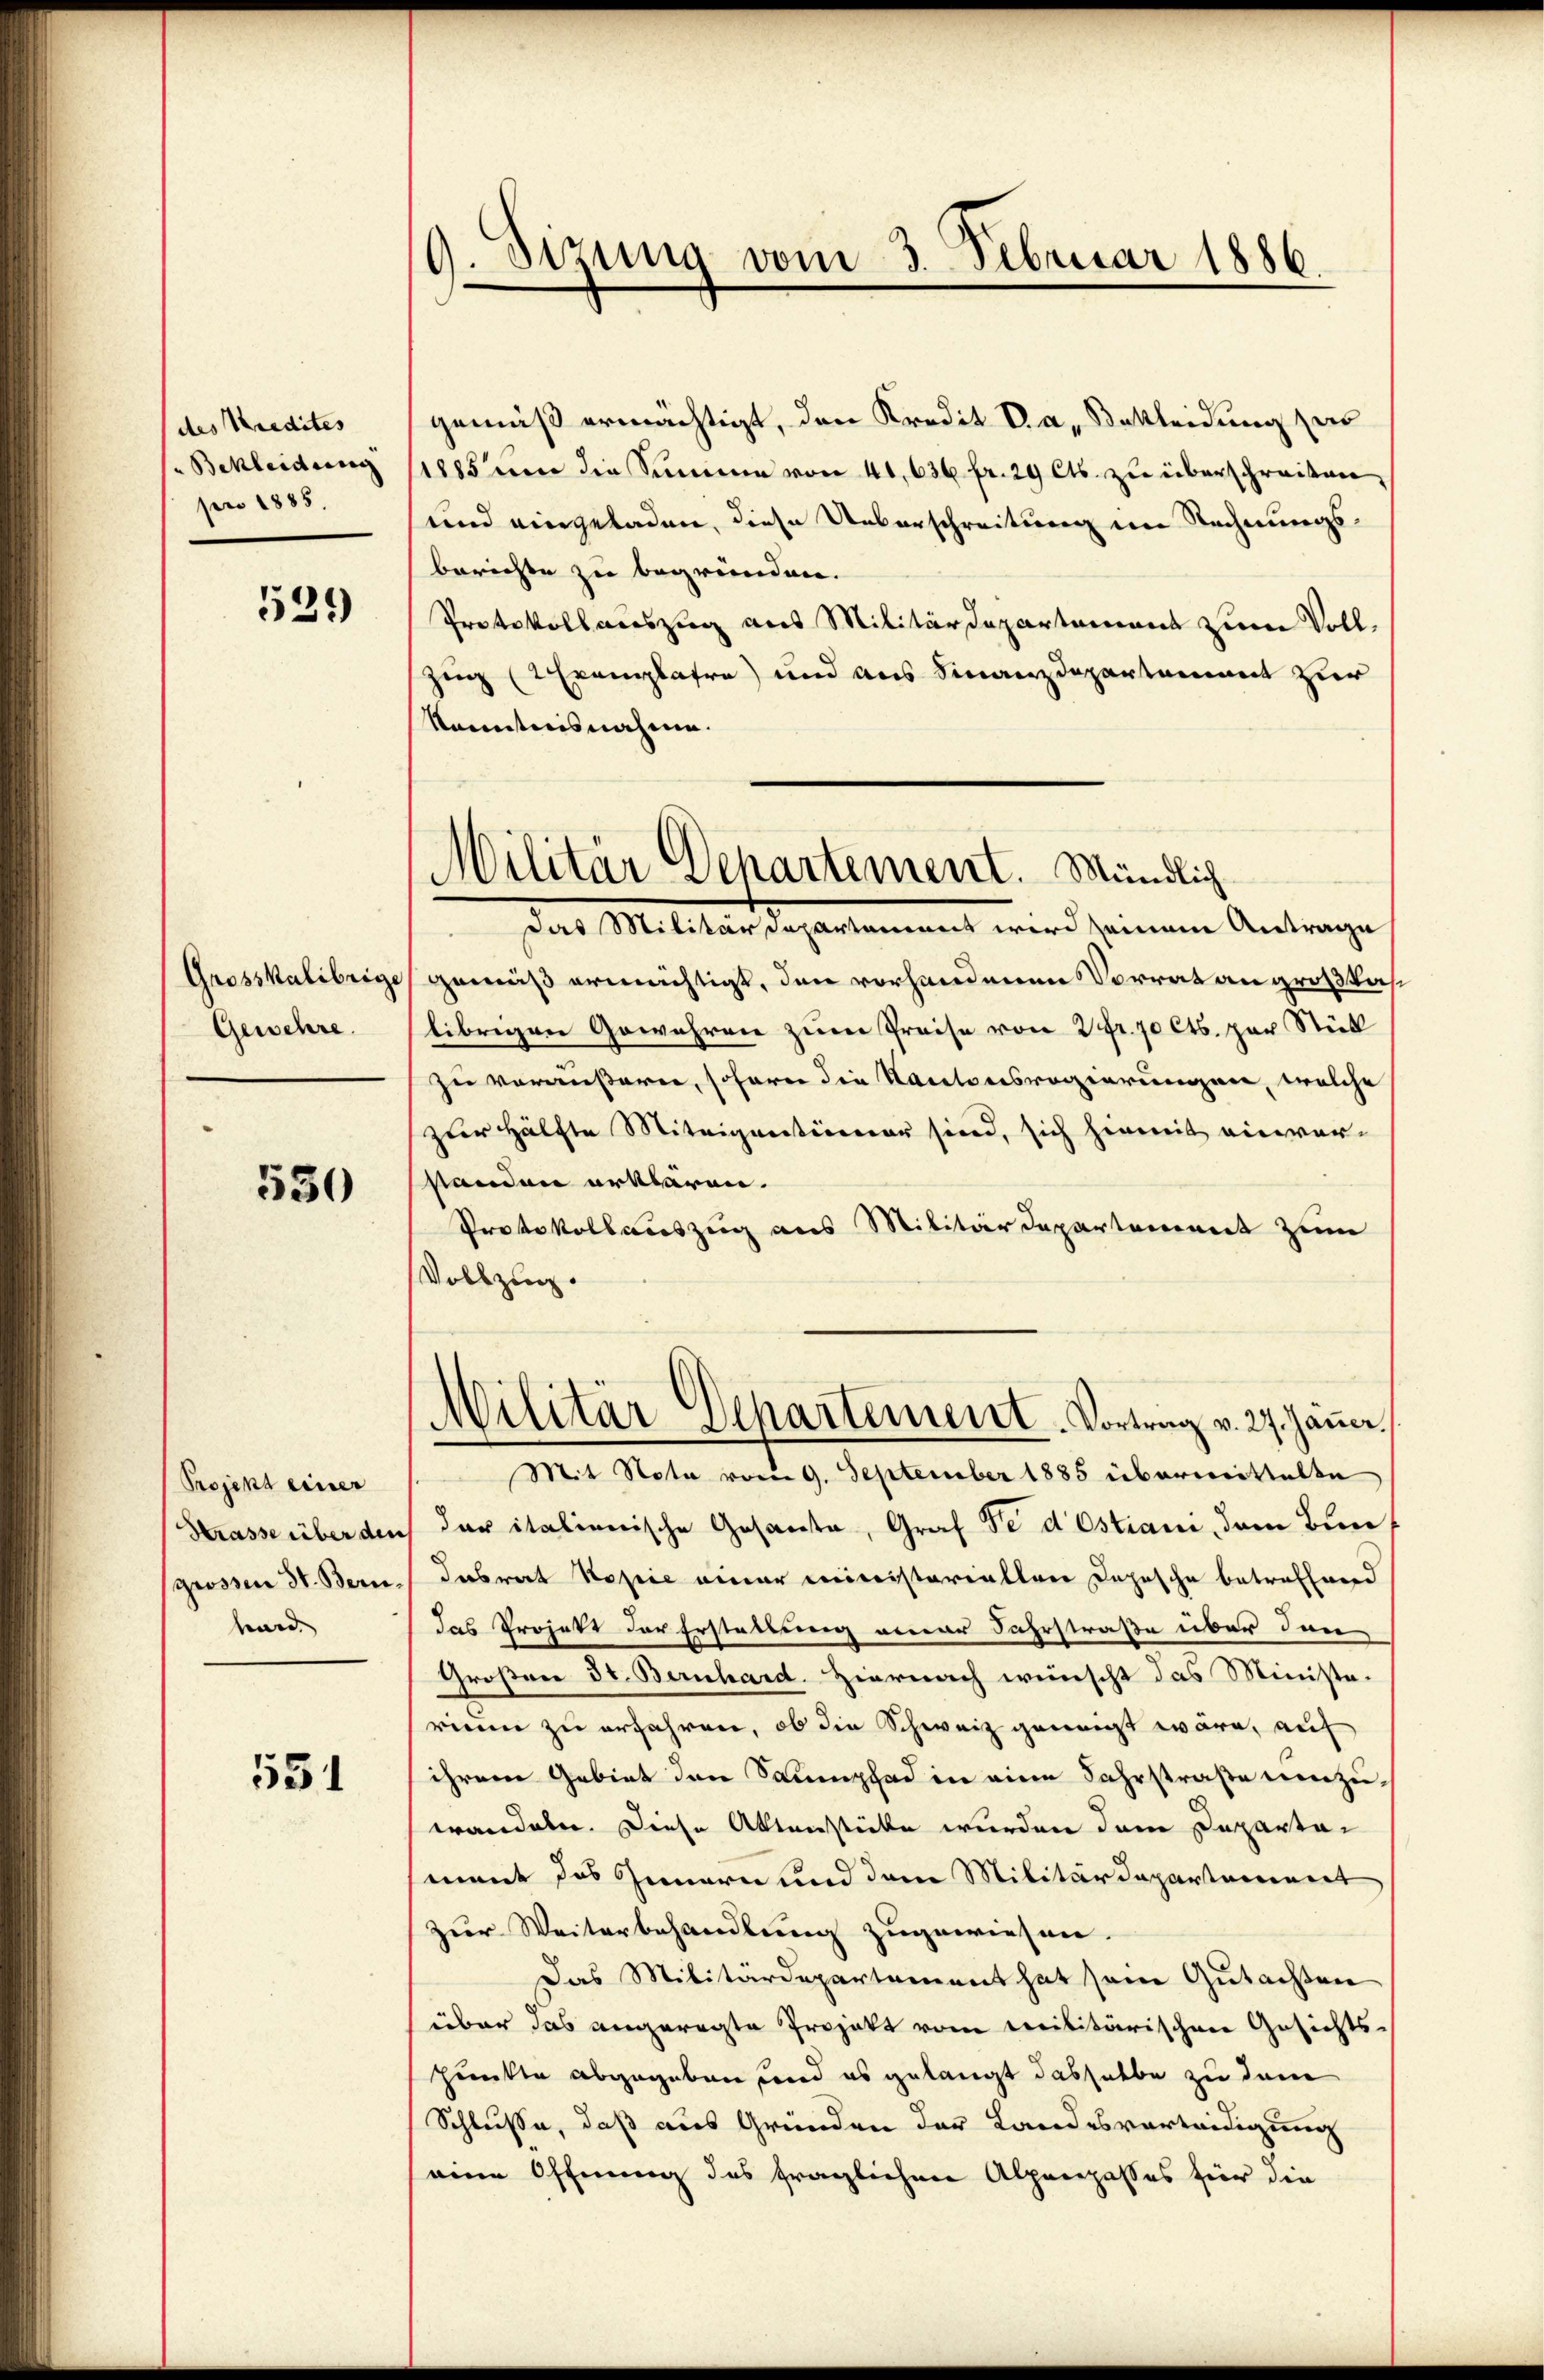
(des Kredites
Bekleidung
pro 1885.

531)

Grosskalibrige
Gewehre.

530

Projekt einer
Strasse über den
grossen St. Bern.
ward.

531

.Sizung vom 3. Februar 1886

gemäß ermächtigt, den Kredit. V. a. Bekleidung zur
1885 den die Summe von 41, 636 fr. 29 Cts. zu überschreiben,
und eingeladen, diese Ueberschreitung im Rechnungsberichte zu begründen.
Protokoll auszug aus Militärdepartement zum Voll¬
Zug (2 Exemplare) und aus Finanzdepartement zur
kanntnisnahme.
gemäß ermächtigt, den vorhandenen Vorrat an großkalibrigen Gewehren zum Preise von 2fr. 70 Cts. zur Stück
zu veräußern, sofern die Kantonsregierungen, welche
zur Hälfte Miteigentümer sind, sich hiemit einverstanden erklären.
Protokollauszug aus Militärdepartement zum
Vollzug.
Militär Departement. Vortrag v. 27. Jäṅer.
Mit Nota vom 9. September 1885 übermittelte
der italienische Gesanta, Graf Fe destiani, dem Bun
Tabwart Kopie einer Ministeriallen Depesche betreffend
das Projekt der Erstellung einer Fahrstraße über den
Großen St. Bernhard. Hiernach wünscht das Ministerinen zu erfahren, ob die Schweiz geneigt wäre, auf
ihrem Gebiet den Saumpfad in eine Fahrstraße umzuwandete. Diese Aktenstücke wurden dem Departei
ment das Innern und dem Militärdepartement
zur Weiterbehandlung zugewiesen.
Das Militärdepartement hat sein Gutachten
über das angeregte Projekt vom Militärischen Gesichts-
punkte abgegeben und es gelangt dasselbe zu dem
Schlusse, daß aus Gründen der Landesverleidigung
eine Öffnung des fraglichen Alpenpasses für die

Militär Departement. Mündlich
das Militärdepartament wird seinem Antrage